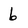
Character: 6